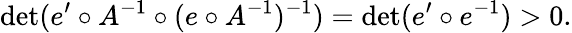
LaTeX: \operatorname*{det}(e^{\prime}\circ A^{-1}\circ(e\circ A^{-1})^{-1})=\operatorname*{det}(e^{\prime}\circ e^{-1})>0.